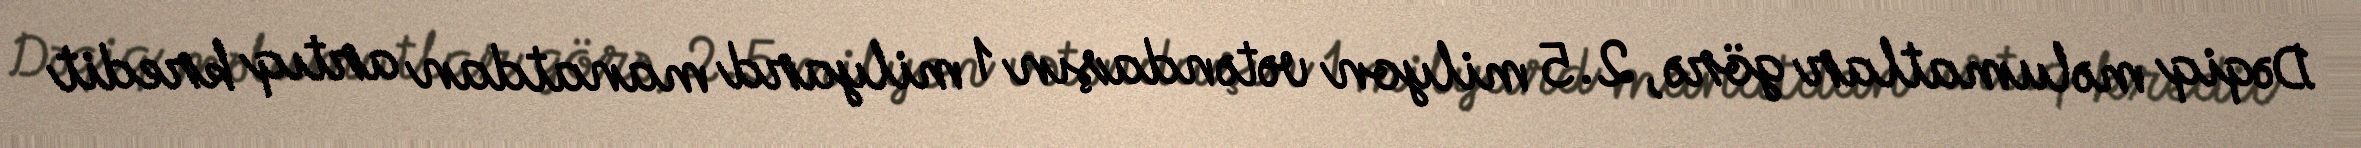
Dəqiq məlumatlar görə, 2.5 milyon vətəndaşın 1 milyard manatdan artıq kredit